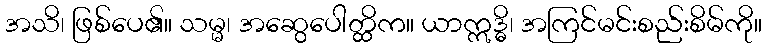
အသိ၊ ဖြစ်ပေ၏။ သမ္မ၊ အဆွေပေါတ္ထိက။ ယာဣဒ္ဓိ၊ အကြင်မင်းစည်းစိမ်ကို။